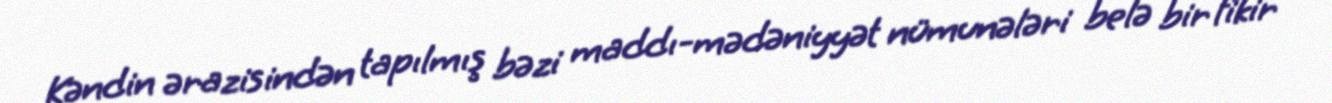
Kəndin ərazisindən tapılmış bəzi maddı-mədəniyyət nümunələri belə bir fikir